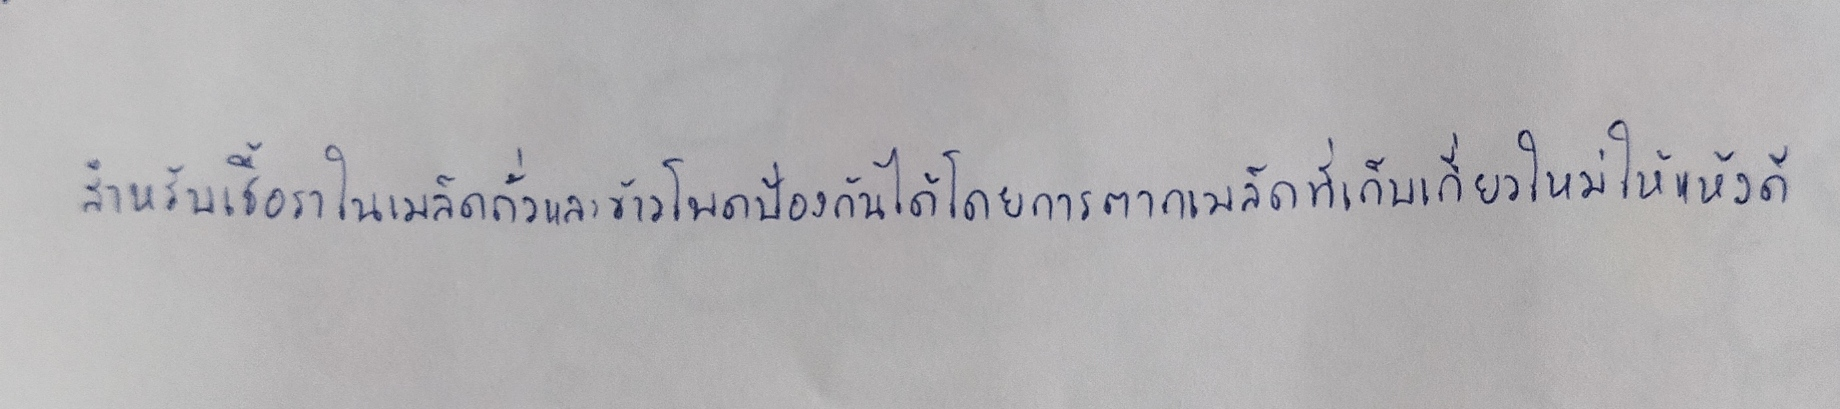
สำหรับเชื้อราในเมล็ดถั่วและข้าวโพดป้องกันได้โดยการตากเมล็ดที่เก็บเกี่ยวใหม่ให้แห้งดี